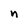
Character: n